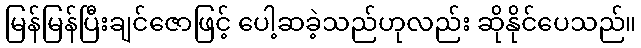
မြန်မြန်ပြီးချင်ဇောဖြင့် ပေါ့ဆခဲ့သည်ဟုလည်း ဆိုနိုင်ပေသည်။